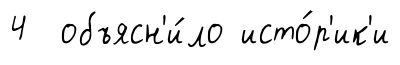
4 объясн'и́ло исто́р'ик'и